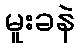
မူးခနဲ